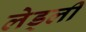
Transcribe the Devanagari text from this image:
लेड्ली